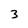
Character: 3